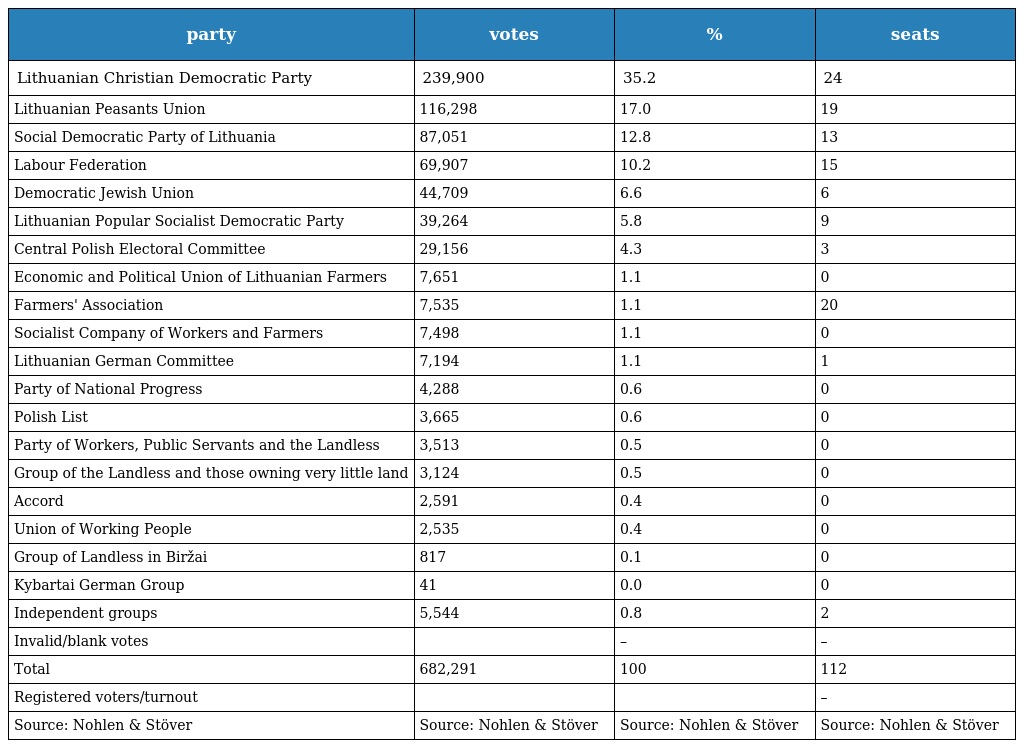
| party | votes | % | seats |
 | --- | --- | --- | --- |
 | Lithuanian Christian Democratic Party | 239,900 | 35.2 | 24 |
 | Lithuanian Peasants Union | 116,298 | 17.0 | 19 |
 | Social Democratic Party of Lithuania | 87,051 | 12.8 | 13 |
 | Labour Federation | 69,907 | 10.2 | 15 |
 | Democratic Jewish Union | 44,709 | 6.6 | 6 |
 | Lithuanian Popular Socialist Democratic Party | 39,264 | 5.8 | 9 |
 | Central Polish Electoral Committee | 29,156 | 4.3 | 3 |
 | Economic and Political Union of Lithuanian Farmers | 7,651 | 1.1 | 0 |
 | Farmers' Association | 7,535 | 1.1 | 20 |
 | Socialist Company of Workers and Farmers | 7,498 | 1.1 | 0 |
 | Lithuanian German Committee | 7,194 | 1.1 | 1 |
 | Party of National Progress | 4,288 | 0.6 | 0 |
 | Polish List | 3,665 | 0.6 | 0 |
 | Party of Workers, Public Servants and the Landless | 3,513 | 0.5 | 0 |
 | Group of the Landless and those owning very little land | 3,124 | 0.5 | 0 |
 | Accord | 2,591 | 0.4 | 0 |
 | Union of Working People | 2,535 | 0.4 | 0 |
 | Group of Landless in Biržai | 817 | 0.1 | 0 |
 | Kybartai German Group | 41 | 0.0 | 0 |
 | Independent groups | 5,544 | 0.8 | 2 |
 | Invalid/blank votes |  | – | – |
 | Total | 682,291 | 100 | 112 |
 | Registered voters/turnout |  |  | – |
 | Source: Nohlen & Stöver | Source: Nohlen & Stöver | Source: Nohlen & Stöver | Source: Nohlen & Stöver |